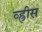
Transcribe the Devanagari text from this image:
व्ह्रीस